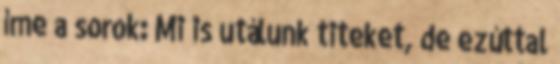
íme a sorok: Mi is utálunk titeket, de ezúttal